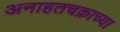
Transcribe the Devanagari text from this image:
अनाहतचक्राच्या